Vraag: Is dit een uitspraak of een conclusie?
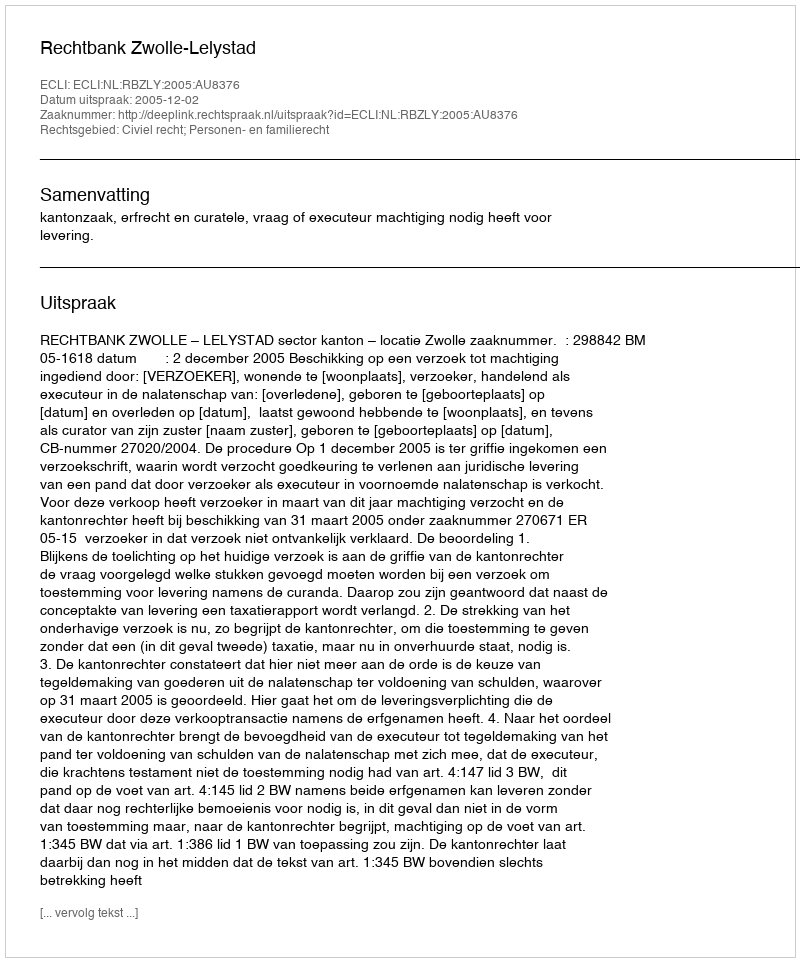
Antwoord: Uitspraak